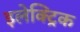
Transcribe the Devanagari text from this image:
इलेक्‍ट्रिक